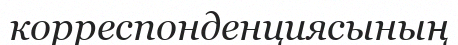
корреспонденциясының